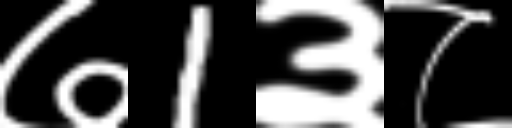
Text: ७1३८